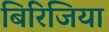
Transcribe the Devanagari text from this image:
बिरिजिया